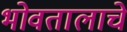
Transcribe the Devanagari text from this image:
भोवतालाचे